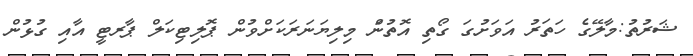
ޝަރުތު:މާލޭގެ ހަތަރު އަވަށުގަ ގޯތި އޮތުނަް މިލިޔަނަރަކަށްވުން ޕޮލިޓިކަލް ޕާރޓީ އާއި ގުޅުން